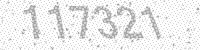
Solution: 117321